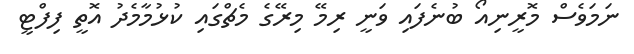
ނަމަވެސް މޮރީނިއޯ ބުނެފައި ވަނީ ރިމޭ މިރޭގެ މެޗްގައި ކުޅުމާމެދު އޮތީ ފިފްޓީ